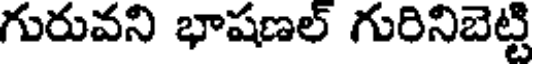
గురువని భాషణల్ గురినిబెట్టి